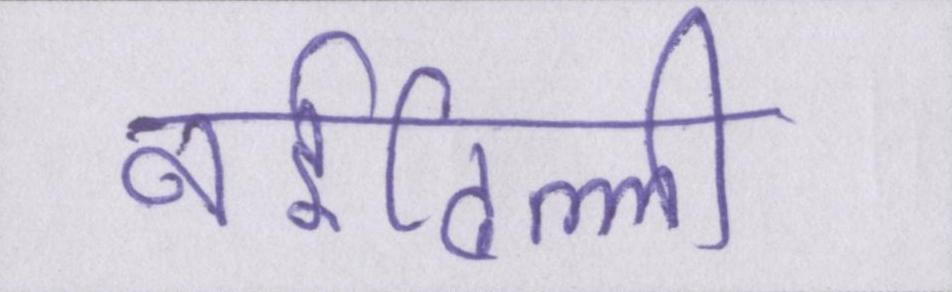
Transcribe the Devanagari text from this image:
नईदिल्ली